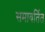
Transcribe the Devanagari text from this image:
समावर्तित